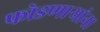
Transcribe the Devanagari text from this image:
फोडणाऱ्यांना